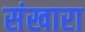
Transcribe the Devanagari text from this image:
संखारा